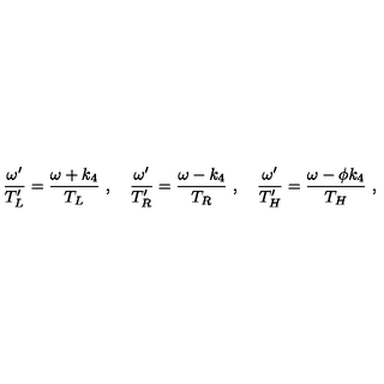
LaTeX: { \frac { \omega ^ { \prime } } { T _ { L } ^ { \prime } } } = { \frac { \omega + k _ { 4 } } { T _ { L } } } \ , \quad { \frac { \omega ^ { \prime } } { T _ { R } ^ { \prime } } } = { \frac { \omega - k _ { 4 } } { T _ { R } } } \ , \quad { \frac { \omega ^ { \prime } } { T _ { H } ^ { \prime } } } = { \frac { \omega - \phi k _ { 4 } } { T _ { H } } } \ ,